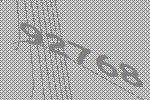
92768